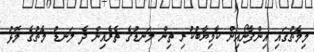
މިމެޗުގައި އިންފާނޯއިން ކާމިޔާބުކުރި ތިން ލަނޑުގެ ތެރެއިން ދެ ލަނޑު މެޗުގެ މޮޅު